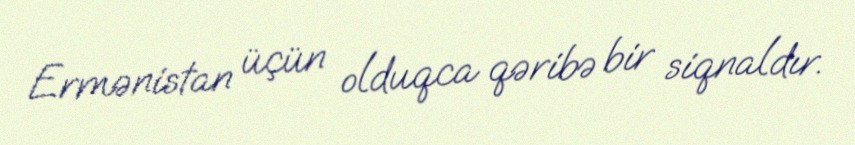
Ermənistan üçün olduqca qəribə bir siqnaldır.